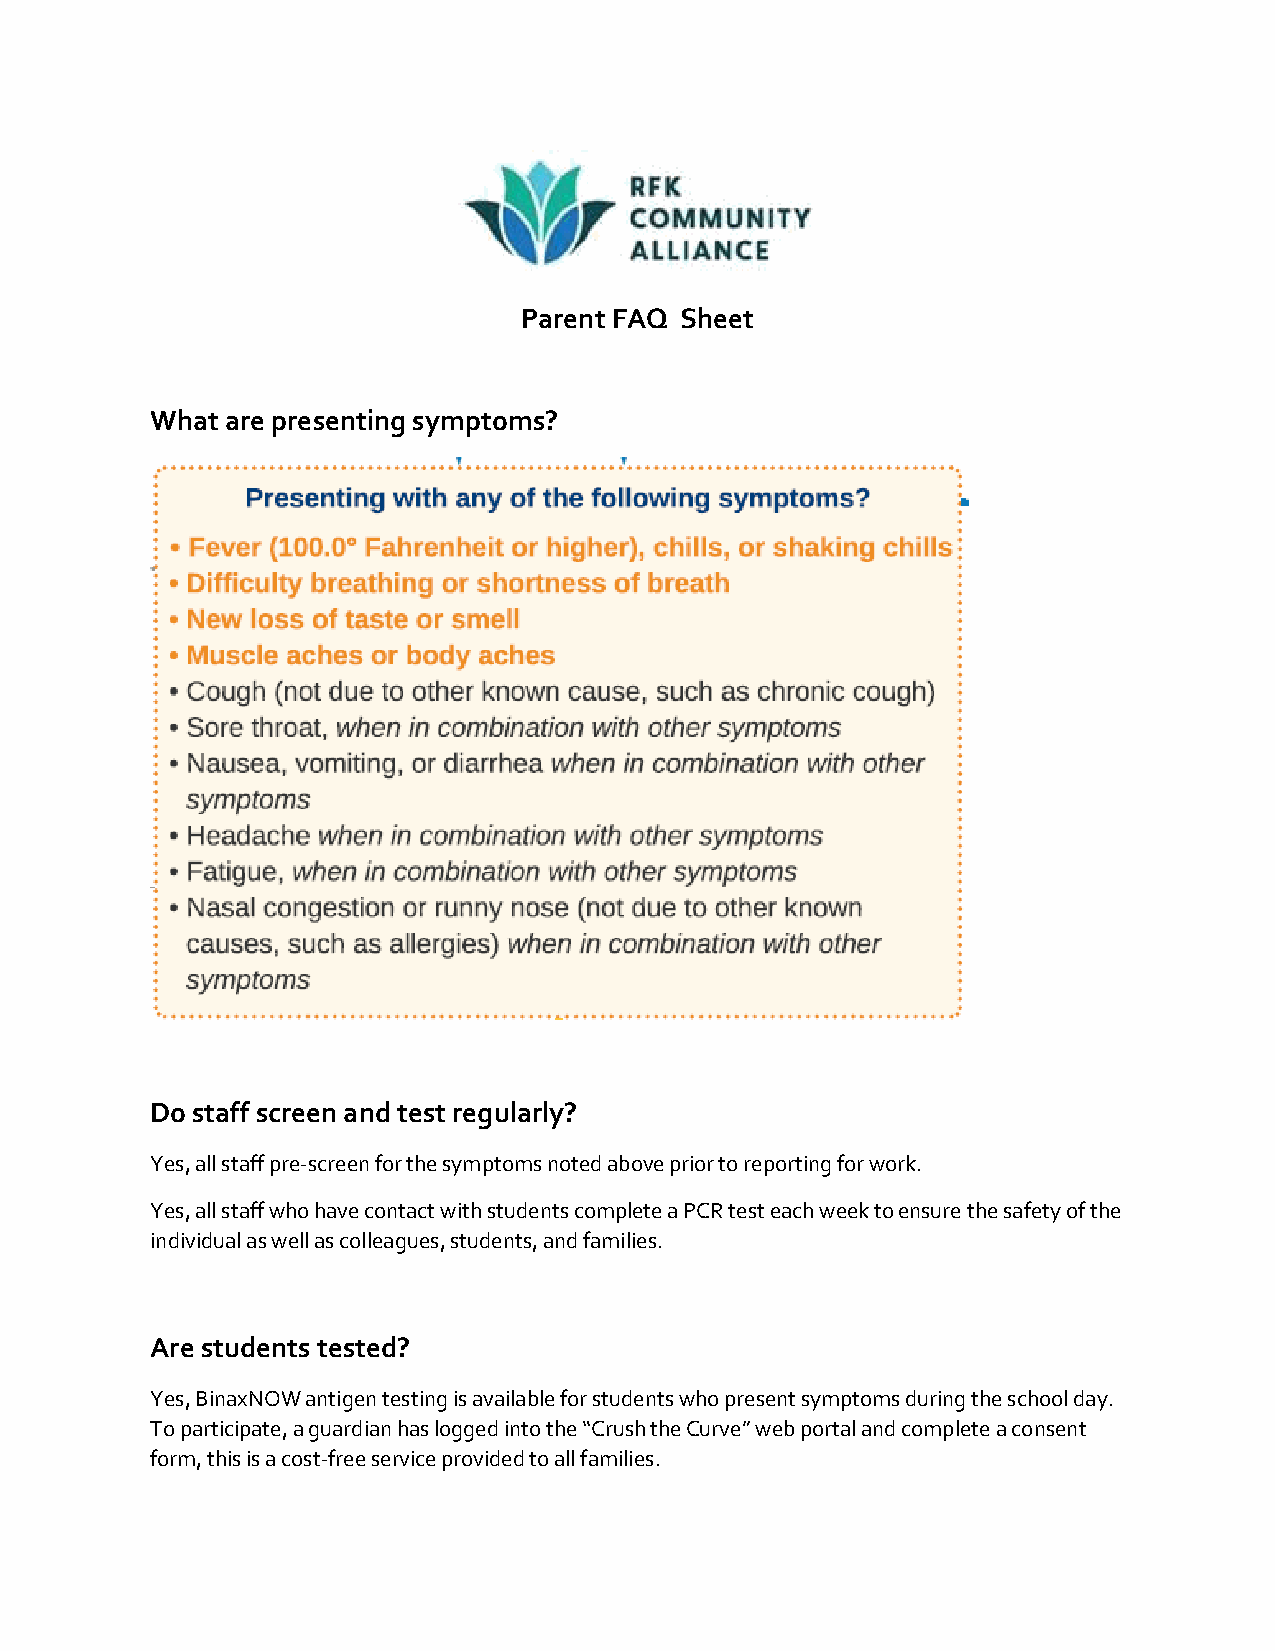
Parent FAQ Sheet
 What are presenting symptoms?
 Do staff screen and test regularly?
 Yes, all staff pre-screen for the symptoms noted above prior to reporting for work.
 Yes, all staff who have contact with students complete a PCR test each week to ensure the safety of the
 individual as well as colleagues, students, and families.
 Are students tested?
 Yes, BinaxNOW antigen testing is available for students who present symptoms during the school day.
 To participate, a guardian has logged into the “Crush the Curve” web portal and complete a consent
 form, this is a cost-free service provided to all families.